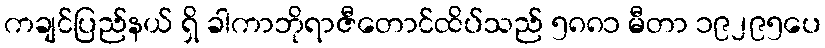
ကချင်ပြည်နယ် ရှိ ခါကာဘိုရာဇီတောင်ထိပ်သည် ၅၈၈၁ မီတာ ၁၉၂၉၅ပေ